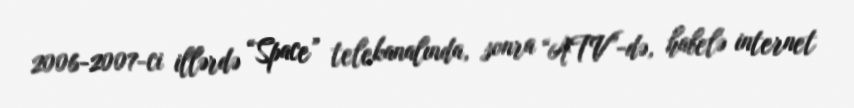
2006-2007-ci illərdə “Space” telekanalında, sonra “ATV”-də, habelə internet